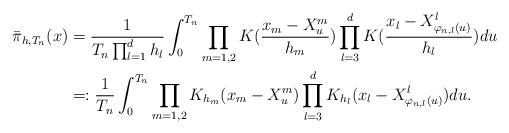
LaTeX: \begin{align*}{} \bar{\pi}_{h,{T_n}}(x) & = \frac{1}{T_n \prod_{l = 1}^d h_l} \int_0^{T_n} \prod_{m = 1,2} K(\frac{x_m - X_u^m}{h_m}) \prod_{l = 3}^d K(\frac{x_l - X_{\varphi_{n, l}(u)}^l}{h_l}) du \\ & = : \frac{1}{T_n} \int_0^{T_n} \prod_{m = 1,2} K_{h_m} (x_m - X_u^m) \prod_{l = 3}^d K_{h_l}(x_l - X_{\varphi_{n, l}(u)}^l) du. \end{align*}